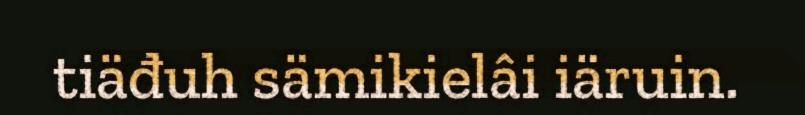
tiäđuh sämikielâi iäruin.